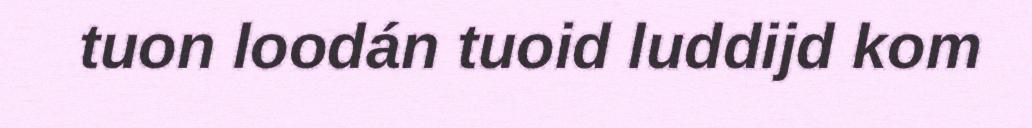
tuon loodán tuoid luddijd kom